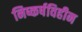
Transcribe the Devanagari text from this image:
निष्कर्षविहीन